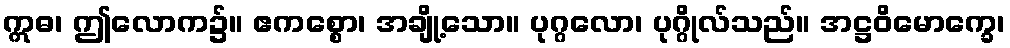
ဣဓ၊ ဤလောက၌။ ဧကစ္စော၊ အချို့သော။ ပုဂ္ဂလော၊ ပုဂ္ဂိုလ်သည်။ အဋ္ဌဝိမောက္ခေ၊